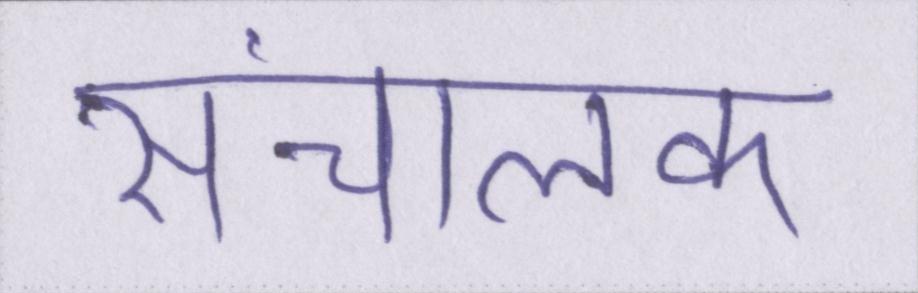
संचालक